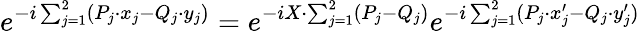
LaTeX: e^{-i\sum_{j=1}^{2}(P_{j}\cdot x_{j}-Q_{j}\cdot y_{j})}=e^{-iX\cdot\sum_{j=1}^{2}(P_{j}-Q_{j})}e^{-i\sum_{j=1}^{2}(P_{j}\cdot x_{j}^{\prime}-Q_{j}\cdot y_{j}^{\prime})}